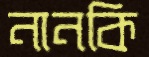
নানকি